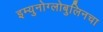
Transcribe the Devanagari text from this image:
इम्युनोग्लोबुलिनचा